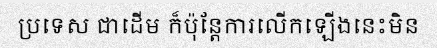
ប្រទេស ជាដើម ក៏ប៉ុន្តែការលើកឡើងនេះមិន